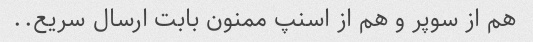
هم از سوپر و هم از اسنپ ممنون بابت ارسال سریع..